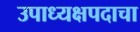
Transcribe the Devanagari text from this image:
उपाध्यक्षपदाचा